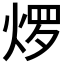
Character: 𬊜